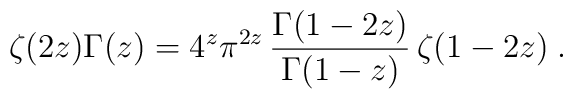
\zeta(2z)\Gamma(z)=4^{z}\pi^{2z}\,\frac{\Gamma(1-2z)}{\Gamma(1-z)}\,\zeta(1-2z)\; .